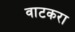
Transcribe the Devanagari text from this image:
वाटकरा